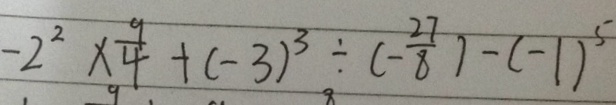
- 2 ^ { 2 } \times \frac { 9 } { 4 } + ( - 3 ) ^ { 3 } \div ( - \frac { 2 7 } { 8 } ) - ( - 1 ) ^ { 5 }